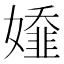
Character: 𡢭